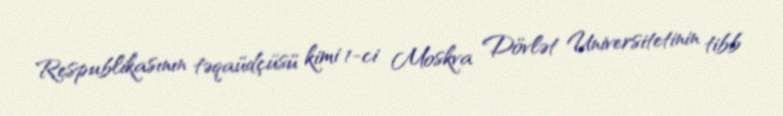
Respublikasının təqaüdçüsü kimi 1-ci Moskva Dövlət Universitetinin tibb